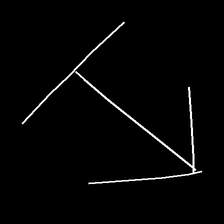
Glyph: levitation